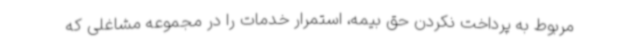
مربوط به پرداخت نکردن حق بیمه، استمرار خدمات را در مجموعه مشاغلی که